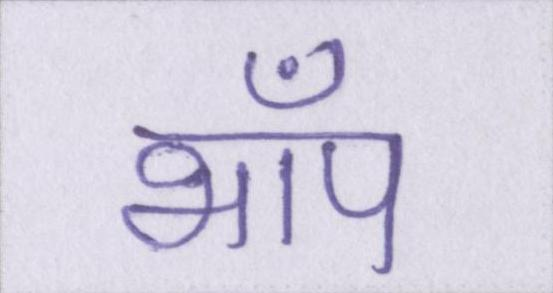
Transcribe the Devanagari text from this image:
भाँप